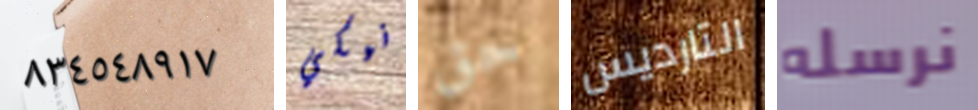
٨٣٤٥٤٨٩١٧ نيكي حق التارديس نرسله